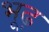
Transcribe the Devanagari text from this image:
भूढ़